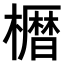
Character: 𫞒